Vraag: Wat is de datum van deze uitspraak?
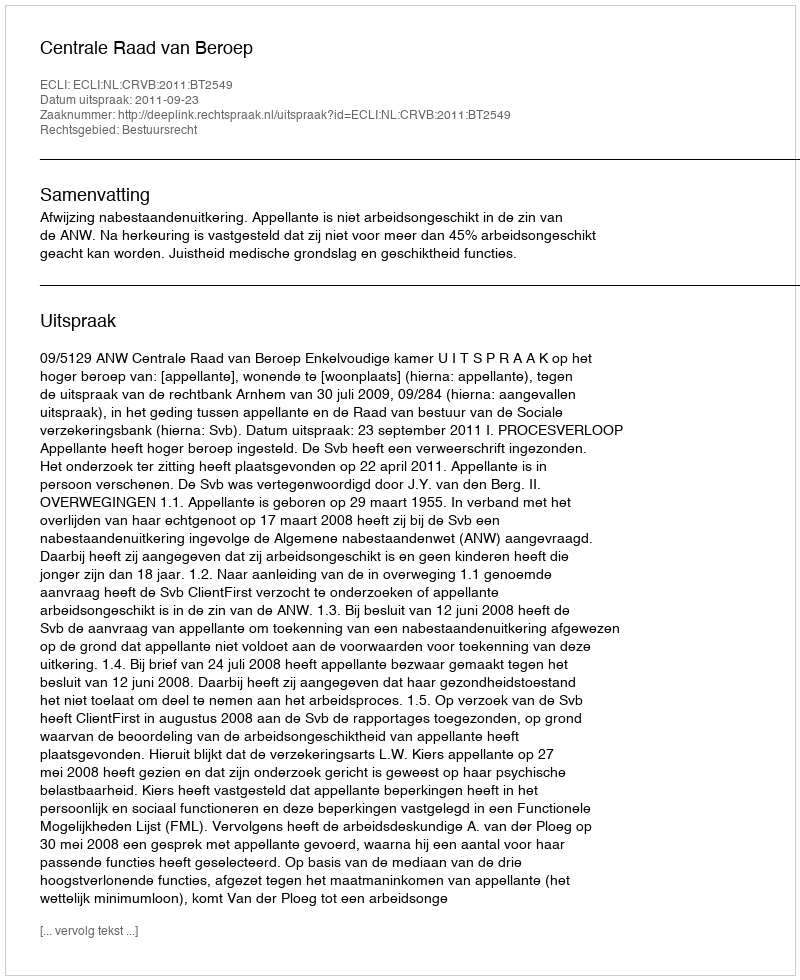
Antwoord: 2011-09-23